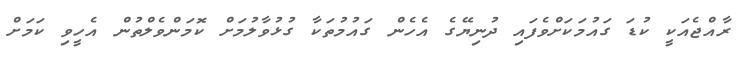
ރާއްޖެއަކީ ކުޑަ ގައުމަކަށްވެފައި ދުނިޔޭގެ އެހެން ގައުމުތަކާ ގުޅުވާލުމަށް ކޮމަންވެލްތުން އެހީވި ކަމަށް